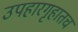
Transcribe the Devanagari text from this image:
उपहारगृहातच